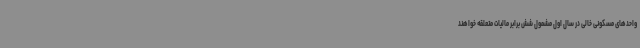
واحدهای مسکونی خالی در سال اول مشمول شش برابر مالیات متعلقه خواهند